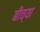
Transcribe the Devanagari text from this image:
बीच्या